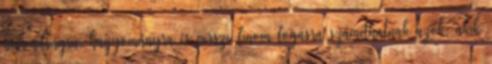
bolondságra, hagyományra és persze finom fogásra számíthatnak azok, akik